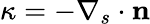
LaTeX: \kappa=-\nabla_{s}\cdot\textbf{n}